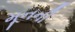
મૂનની